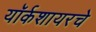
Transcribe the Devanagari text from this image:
यॉर्कशायरचे